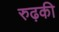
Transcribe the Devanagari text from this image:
रुढ़की